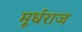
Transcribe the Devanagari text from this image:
मूर्धराज